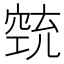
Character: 𱷋